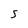
Character: s